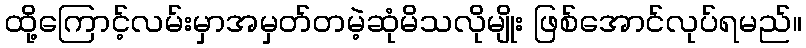
ထို့ကြောင့်လမ်းမှာအမှတ်တမဲ့ဆုံမိသလိုမျိုး ဖြစ်အောင်လုပ်ရမည်။